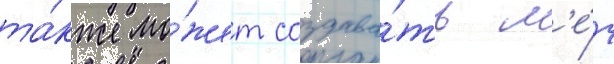
та́кже мо́жет создава́ть м'е́ч